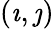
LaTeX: (\imath,\jmath)